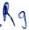
Text: R9